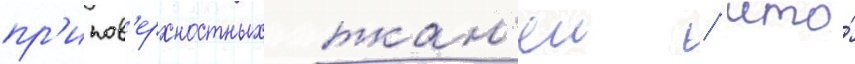
пр'ипов'ерхностных ткан'еи / что́